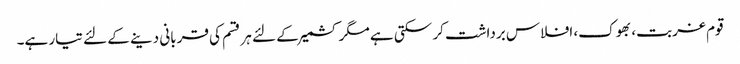
قوم غربت، بھوک، افلاس برداشت کر سکتی ہے مگر کشمیر کے لئے ہر قسم کی قربانی دینے کے لئے تیار ہے۔